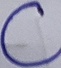
Text: C